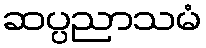
ဆပ္ပညာသမံ